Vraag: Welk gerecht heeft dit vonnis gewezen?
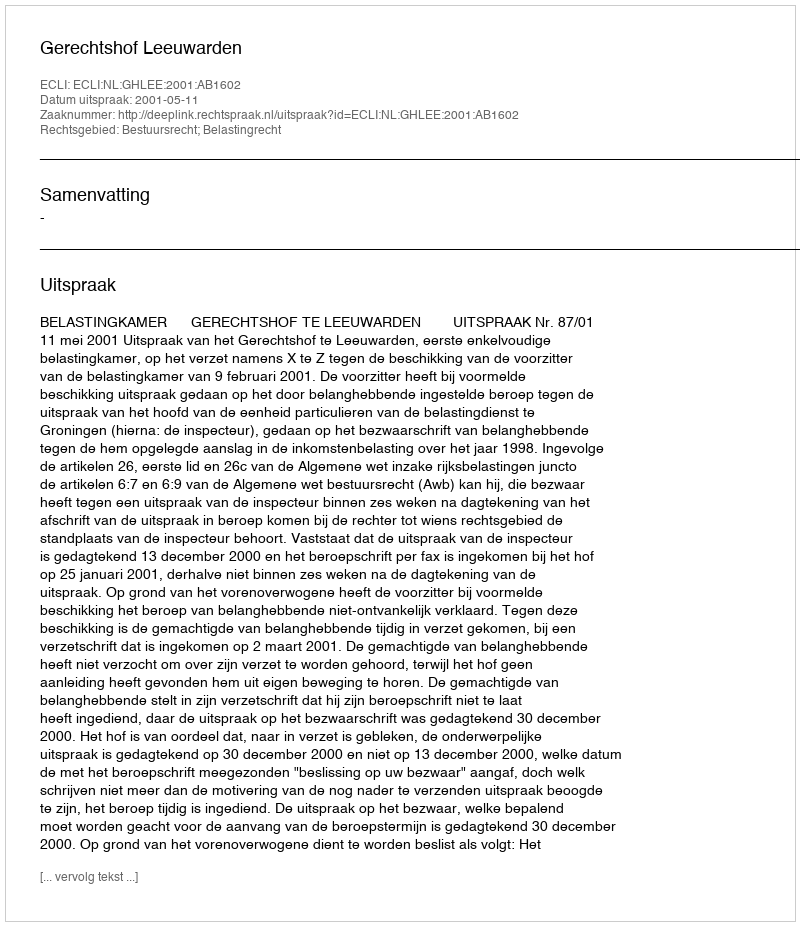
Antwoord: Gerechtshof Leeuwarden